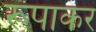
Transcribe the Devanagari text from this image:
रूपाकर